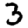
Digit: 3